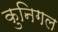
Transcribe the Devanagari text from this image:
कुनिगल